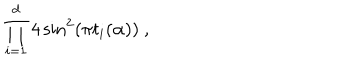
\prod _ { i = 1 } ^ { d } 4 \sin ^ { 2 } ( \pi t _ { i } ( \alpha ) ) ~ ,